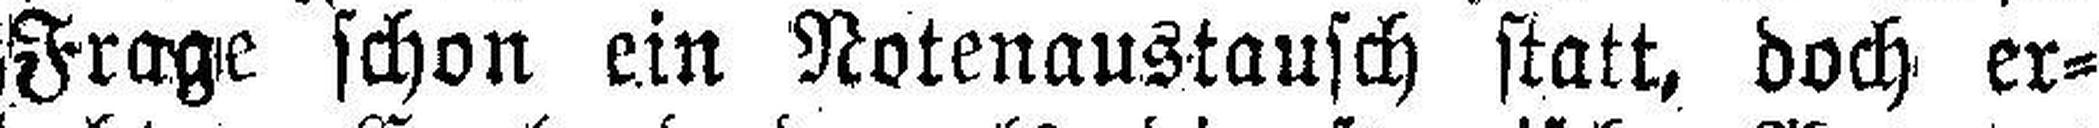
Frage schon ein Notenaustausch statt, doch er¬